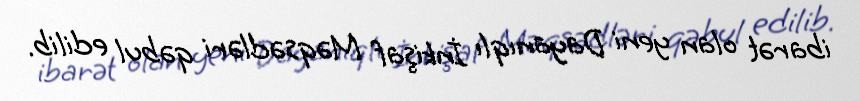
ibarət olan yeni Dayanıqlı İnkişaf Məqsədləri qəbul edilib.